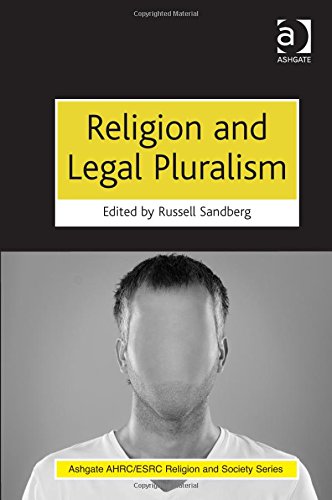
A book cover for Religion and Legal Pluralism (Ashgate Ahrc/Esrc Religion and Society); Russell Sandberg; Law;